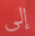
إلى